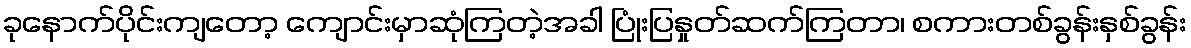
ခုနောက်ပိုင်းကျတော့ ကျောင်းမှာဆုံကြတဲ့အခါ ပြုံးပြနှုတ်ဆက်ကြတာ၊ စကားတစ်ခွန်းနှစ်ခွန်း